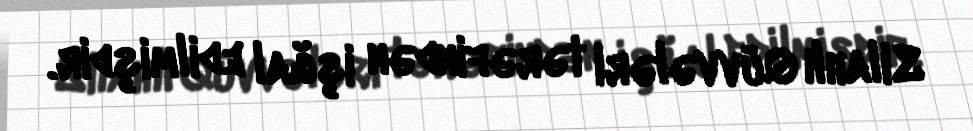
Silahlı Qüvvələri tərəfindən işğal edilmişdir.